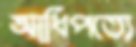
আধিপত্যে